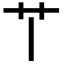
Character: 𦫳